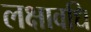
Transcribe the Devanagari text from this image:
लक्षावधि